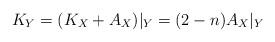
LaTeX: \begin{align*}K_Y = (K_X + A_X)\vert_Y = (2 - n)A_X\vert_Y\end{align*}